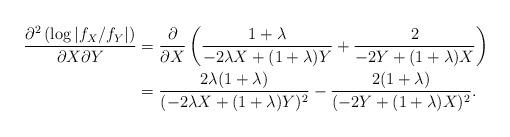
LaTeX: \begin{align*}\frac{\partial^2\left(\log|f_X/f_Y|\right)}{\partial X\partial Y}&= \frac{\partial}{\partial X} \left(\frac{1+\lambda}{-2\lambda X +(1+\lambda) Y} + \frac{2}{-2Y +(1+\lambda) X}\right)\\&=\frac{2\lambda(1+\lambda)}{(-2\lambda X +(1+\lambda) Y)^2} - \frac{2(1+\lambda)}{(-2Y +(1+\lambda) X)^2}.\end{align*}